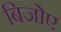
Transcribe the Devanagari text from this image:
बिजोए